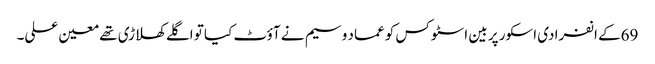
69کے انفرادی اسکور پر بین اسٹوکس کو عماد وسیم نے آؤٹ کیا تو اگلے کھلاڑی تھے معین علی۔